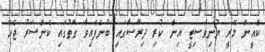
ކްއީން މޭރީ ޔުނިވަސިޓީ އިން ކުރި ދިރާސާގައި ބުނެފައިވާ ގޮތުގައި ކެންސަރު ޖެހޭ